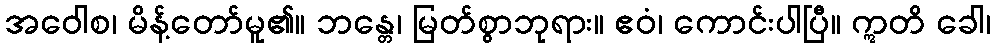
အဝေါစ၊ မိန့်တော်မူ၏။ ဘန္တေ၊ မြတ်စွာဘုရား။ ဧဝံ၊ ကောင်းပါပြီ။ ဣတိ ခေါ၊